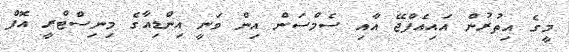
މީގެ އިތުރުން އައިއެފްޖޭ އާއި ސެމްސަން އިން ވަނީ އިންޑިއާގެ މިނިސްޓްރީ އޮފް